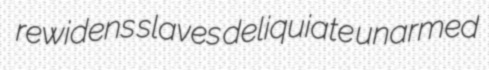
rewidens slaves deliquiate unarmed